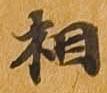
相